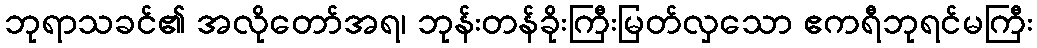
ဘုရာသခင်၏ အလိုတော်အရ၊ ဘုန်းတန်ခိုးကြီးမြတ်လှသော ဧကရီဘုရင်မကြီး